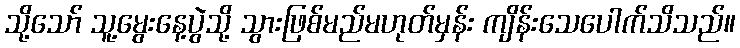
သို့သော် သူ့မွေးနေ့ပွဲသို့ သွားဖြစ်မည်မဟုတ်မှန်း ကျိန်းသေပေါက်သိသည်။